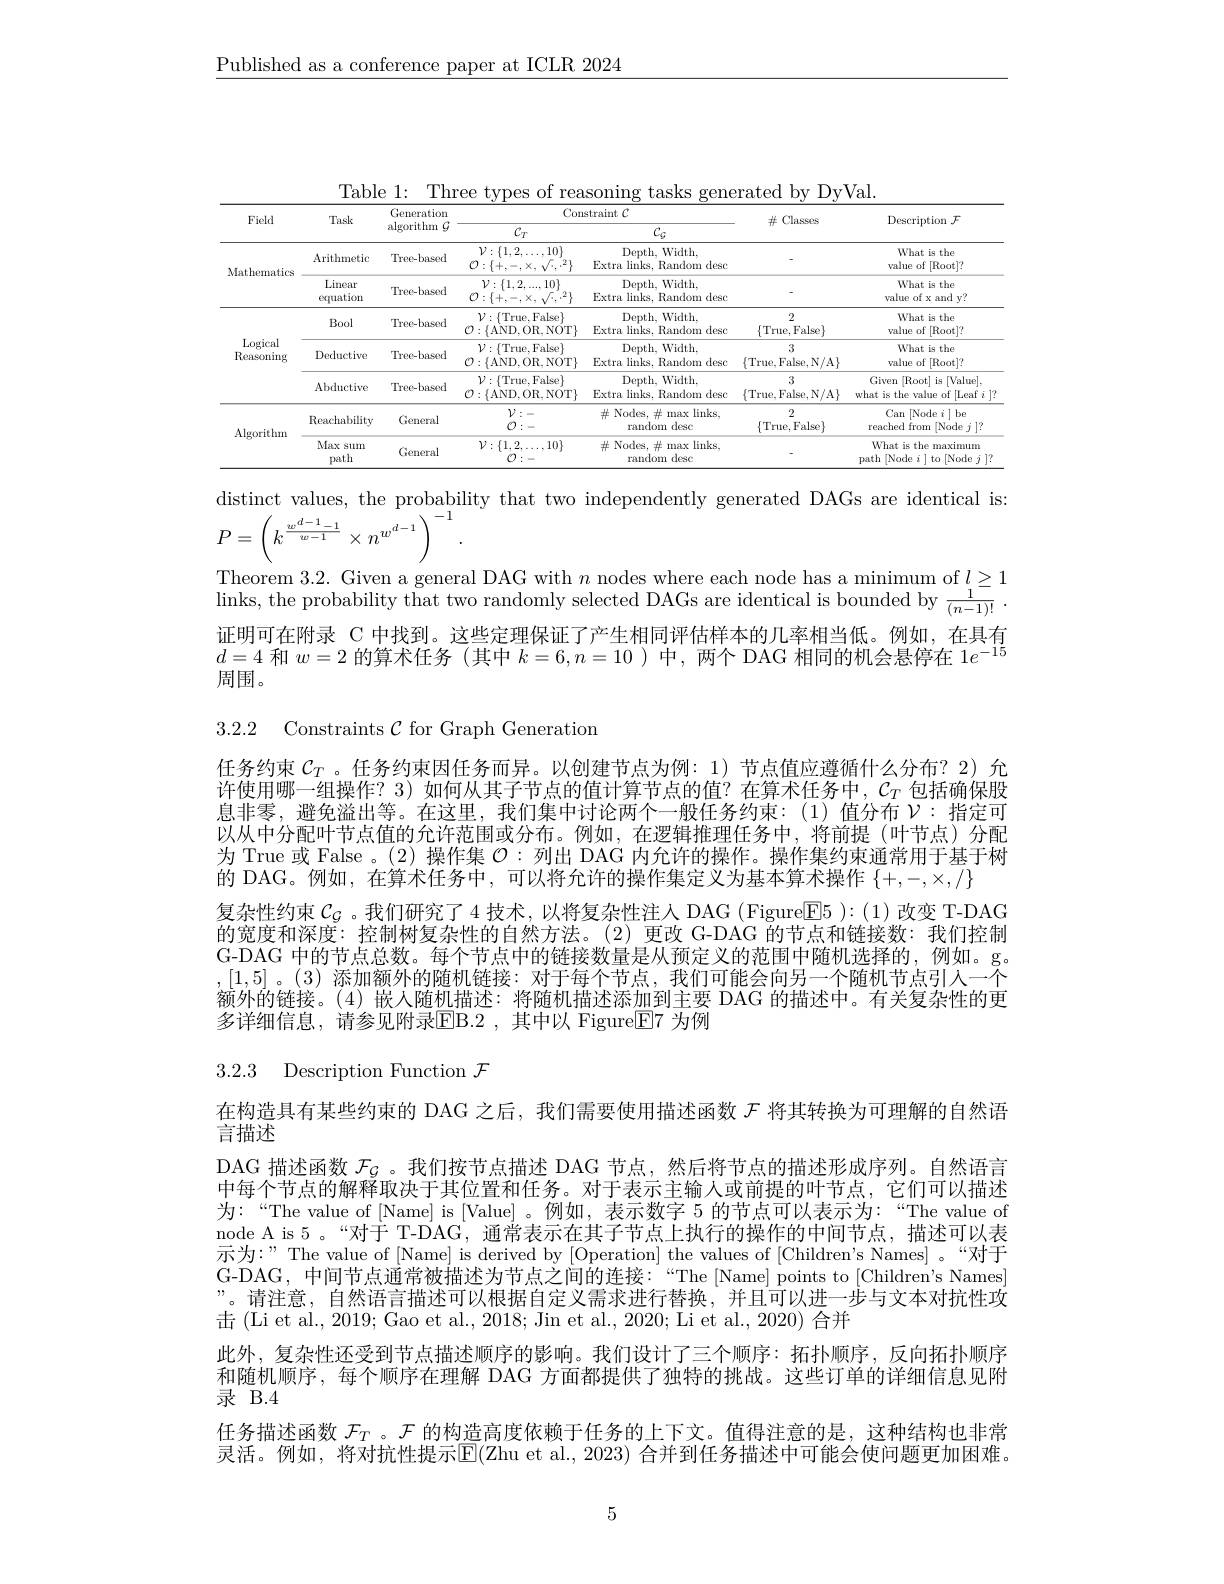
$\underline{\text{Published as a conference paper at ICLR 2024}}$

Table 1: Three types of reasoning tasks generated by DyVal.
<table>
	<tbody>
		<tr>
			<th rowspan="2">Field</th>
			<th rowspan="2">Task</th>
			<th rowspan="2">Generation algorithm $G$</th>
			<th colspan="2">Constraint $C$</th>
			<th rowspan="2">$\#$ Classes</th>
			<th rowspan="2">Description $\mathcal{F}$</th>
		</tr>
		<tr>
			<th>$C_T$</th>
			<th>$C_{g}$</th>
		</tr>
		<tr>
			<td rowspan="2">Mathematics</td>
			<td>Arithmetic</td>
			<td>Tree-based</td>
			<td>$\mathcal{V}:\{1,2,\ldots,10\}$ 0:</td>
			<td>Depth, Width, Extra links. Random desc</td>
			<td> </td>
			<td>What is the value of [Root]?</td>
		</tr>
		<tr>
			<td>Linear equation</td>
			<td>Tree-based</td>
			<td>$\mathcal{V}:\{1,2,...,-\}$ $10\}$ $:\{+$ X</td>
			<td>Depth, Width, Extra links, Random desc</td>
			<td> </td>
			<td>What is the value of x and y?</td>
		</tr>
		<tr>
			<td rowspan="3">Logical Reasoning</td>
			<td>Bool</td>
			<td>Tree-based</td>
			<td>$\mathcal{V}:\{$True,False$\}$ $\mathcal{O}:\{$AND,OR,NOT$\}$</td>
			<td>Depth, Width, Extra I $\lim_{\mathrm{ks},\mathbf{1}}$ Random n desc</td>
			<td>2 $\{$True, False$\}$</td>
			<td>What is the value of |Root|?</td>
		</tr>
		<tr>
			<td>Deductive</td>
			<td>Tree-based</td>
			<td>$\mathcal{V}:\{$True, False$\}$ $\mathcal{O}:\{$AND,OR,NOT$\}$</td>
			<td>Depth, Width, Extra links. Random desc</td>
			<td>3 $\{$True, False, N/A$\}$</td>
			<td>What is the value of [Root]?</td>
		</tr>
		<tr>
			<td>Abductive</td>
			<td>Tree-based</td>
			<td>$\mathcal{V}:\{$True, False$\}$ $\mathcal{O}:\{$AND,OR,NOT$\}$</td>
			<td>Depth, Width, Extra links, Random desc</td>
			<td>3 $\{$True, False, N/A$\}$</td>
			<td>Given 1 [Root] is [Value], what is the value of |Leaf $i|$</td>
		</tr>
		<tr>
			<td rowspan="2">Algorithm</td>
			<td>Reachability</td>
			<td>General</td>
			<td>$\mathcal{V}:$ 0: - </td>
			<td>$\#$ Nodes, # max links, random desc</td>
			<td>2 $\{$True, False$\}$</td>
			<td>Can | |Node i|be reached from [Node $j]?$ 11</td>
		</tr>
		<tr>
			<td>Max sum path</td>
			<td>General</td>
			<td>$\mathcal{V}:\{1,2,\ldots,10\}$ $T^{\prime}$</td>
			<td>$\#$ Nodes, # max links, random desc</td>
			<td> </td>
			<td>What is the maximum . [ Node i] to [ Node j ] ? Dath</td>
		</tr>
	</tbody>
</table>

distinct values, the probability that two independently generated DAGs are identical is:
$P=\left(k^{\frac{w^{d-1}-1}{w-1}}\times n^{w^{d-1}}\right)^{-1}.$
Theorem 3.2. Given a general DAG with $n$ nodes where each node has a minimum of $l\geq1$ 1neorem 3. 2. Grven a generan DAd wun $n\text{ noues wilere eacn noue nas a mininun or }_{i= 1}$ links, the probability that two randomly selected DAGs are identical is bounded by $\frac 1{( n- 1) ! }$ . 证明可在附录 C 中找到。这些定理保证了产生相同评估样本的几率相当低。例如，在具有$d=4$和$w=2$的算术任务 (其中$k=6,n=10$ )中，两个 DAG 相同的机会悬停在$1e^-15$ 周围。

3.2.2 Constraints $\mathcal C$ for Graph Generation

任务约束$\mathcal{C}_T$ 。任务约束因任务而异。以创建节点为例：1)节点值应遵循什么分布？2) 允许使用哪一组操作？3) 如何从其子节点的值计算节点的值？在算术任务中，$C_T$包括确保股息非零，避免溢出等。在这里，我们集中讨论两个一般任务约束：(1)值分布$\mathcal{V}:$指定可以从中分配叶节点值的允许范围或分布。例如，在逻辑推理任务中，将前提(叶节点)分配为 True 或 False 。(2) 操作集$\mathcal{O}:$列出 DAG 内允许的操作。操作集约束通常用于基于树的 DAG。例如，在算术任务中，可以将允许的操作集定义为基本算术操作$\{+,-,\times,/\}$
复杂性约束$C_G$ 。我们研究了 4 技术，以将复杂性注人 DAG (Figure$\overline{\mathrm{E}}5):(1)$改变 T-DAG 的宽度和深度：控制树复杂性的自然方法。(2)更改 G-DAG 的节点和链接数：我们控制G-DAG 中的节点总数。每个节点中的链接数量是从预定义的范围中随机选择的，例如。g。,[1,5] 。(3) 添加额外的随机链接：对于每个节点，我们可能会向另一个随机节点引入一个额外的链接。(4)嵌人随机描述：将随机描述添加到主要 DAG 的描述中。有关复杂性的更多详细信息，请参见附录EB. 2 , 其 中 以 FigureE7 为 例

# 3.2.3 Description Function $\mathcal{F}$

在构造具有某些约束的 DAG 之后，我们需要使用描述函数$\mathcal{F}$将其转换为可理解的自然语
言描述

DAG 描述函数$\mathcal{F}_{\mathcal{G}}$。我们按节点描述 DAG 节点，然后将节点的描述形成序列。自然语言中每个节点的解释取决于其位置和任务。对于表示主输人或前提的叶节点，它们可以描述为：“The value of [Name] is [Value] 。例如，表示数字 5 的节点可以表示为：“The value of node A is 5 。“对于 T-DAG , 通常表示在其子节点上执行的操作的中间节点，描述可以表示为：”The value of [Name] is derived by [Operation] the values of [Children's Names] 。“对于G-DAG, 中间节点通常被描述为节点之间的连接：“The[Name] points to[Children's Names] 。请注意，自然语言描述可以根据自定义需求讲行替换、并且可以进一步与文本对抗性攻击(Li et al., 2019; Gao et al., 2018; Jin et al., 2020; Li et al., 2020) 合并
此外，复杂性还受到节点描述顺序的影响。我们设计了三个顺序：拓扑顺序，反向拓扑顺序和随机顺序，每个顺序在理解 DAG 方面都提供了独特的挑战。这些订单的详细信息见附录 B.4
任务描述函数$\mathcal{F}_T$。$\mathcal{F}$的构造高度依赖于任务的上下文。值得注意的是，这种结构也非常灵活。例如，将对抗性提示$\overline{\mathrm{E}}($Zhu et al., 2023) 合并到任务描述中可能会使问题更加困难。

5